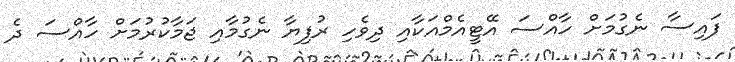
ފައިސާ ނެގުމަށް ހާއްސަ އޭޓީއެމްއަކާއި ދިވެހި ރުފިޔާ ނެގުމާއި ޖަމާކުރުމަށް ހާއްސަ ދެ